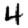
Digit: 4